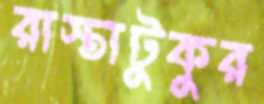
রাস্তাটুকুর